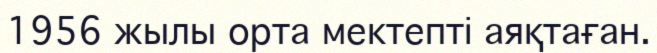
1956 жылы орта мектепті аяқтаған.